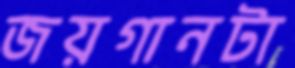
জয়গানটা